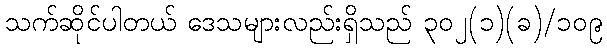
သက်ဆိုင်ပါတယ် ဒေသများလည်းရှိသည် ၃၀၂(၁)(ခ)/၁၀၉